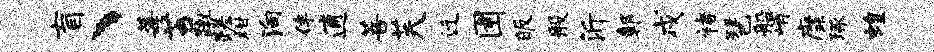
盲、莓苔蹴蹉柑殉伴逋菩芙迁圉皈般沂鄣戍褚琶船峭縻琢蝗